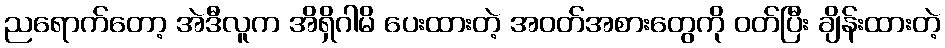
ညရောက်တော့ အဲဒီလူက အိရှိဂါမိ ပေးထားတဲ့ အဝတ်အစားတွေကို ဝတ်ပြီး ချိန်းထားတဲ့